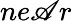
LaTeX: ne\mathscr{A}r